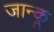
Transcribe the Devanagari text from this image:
जान्कू